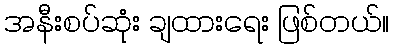
အနီးစပ်ဆုံး ချထားရေး ဖြစ်တယ်။